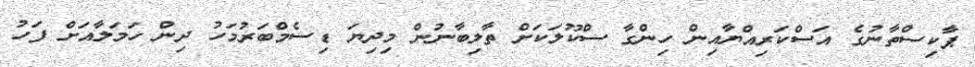
ޕާކިސްތާނުގެ އަސްކަރިއްޔާއިން ހިންގާ ސްކޫލަކަށް ތާލިބާނުން މިދިޔަ ޑިސެމްބަރުމަހު ދިން ހަމަލާއަށް ފަހު